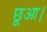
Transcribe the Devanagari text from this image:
छूआ।